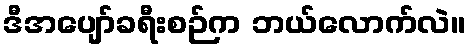
ဒီအပျော်ခရီးစဉ်က ဘယ်လောက်လဲ။